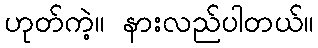
ဟုတ်ကဲ့။ နားလည်ပါတယ်။